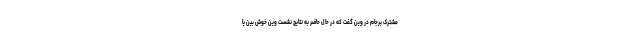
مشترک برجام در وین گفت که در حال حاضر به نتایج نشست وین خوش بین یا